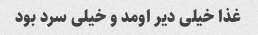
غذا خیلی دیر اومد و خیلی سرد بود